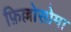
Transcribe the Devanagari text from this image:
फ़िल्लोसोमा